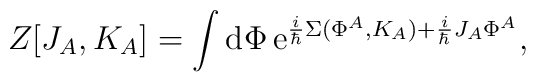
Z[J_A,K_A]=\int  {\rm d}\Phi\, {\rm e}^{{i\over \hbar}\Sigma(\Phi^A,K_A)+{i\over \hbar}J_A\Phi^A},